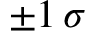
\pm 1 \, \sigma